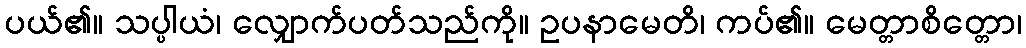
ပယ်၏။ သပ္ပါယံ၊ လျှောက်ပတ်သည်ကို။ ဥပနာမေတိ၊ ကပ်၏။ မေတ္တာစိတ္တော၊